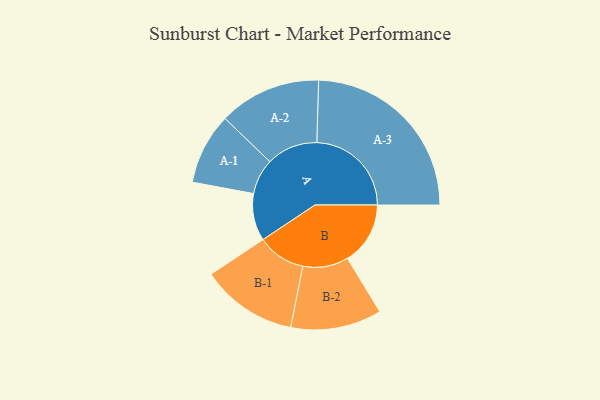
{"axis": {"x": "Segment", "y": "Value"}, "legend": ["", "A", "B"], "data": [{"x": "A", "y": 134, "type": ""}, {"x": "B", "y": 178, "type": ""}, {"x": "A-1", "y": 101, "type": "A"}, {"x": "A-2", "y": 145, "type": "A"}, {"x": "A-3", "y": 268, "type": "A"}, {"x": "B-1", "y": 137, "type": "B"}, {"x": "B-2", "y": 129, "type": "B"}]}